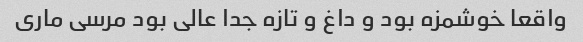
واقعا خوشمزه بود و داغ و تازه جدا عالی بود مرسی ماری